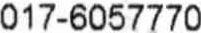
017-6057770